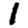
Digit: 1